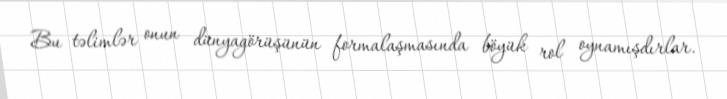
Bu təlimlər onun dünyagörüşünün formalaşmasında böyük rol oynamışdırlar.